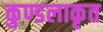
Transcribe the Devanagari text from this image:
कुण्डलाकृत